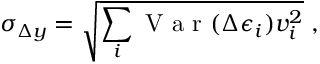
\sigma _ { \Delta y } = \sqrt { \sum _ { i } \mathrm { ~ V ~ a ~ r ~ } ( \Delta \epsilon _ { i } ) v _ { i } ^ { 2 } } \; ,